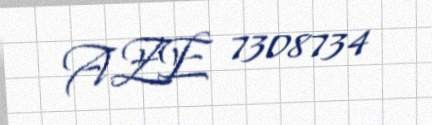
AZE 7308734